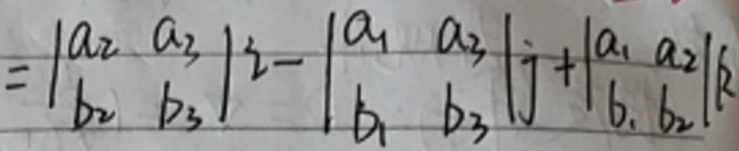
$= \begin{vmatrix}
a_2 & a_3\\
b_2 & b_3
\end{vmatrix}^2 - \begin{vmatrix}
a_1 & a_3\\
b_1 & b_3
\end{vmatrix}^2 + \begin{vmatrix}
a_1 & a_2\\
b_1 & b_2
\end{vmatrix}^2$